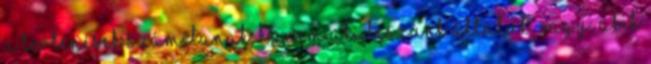
a történések számítanak, hanem aki leszünk általuk, vagy, akik